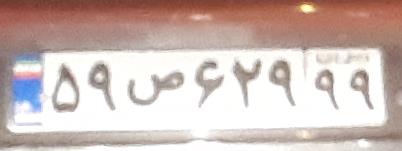
۵۹ص۶۲۹۹۹